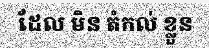
ដែល មិន តំកល់ ខ្លួន